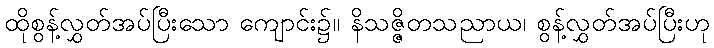
ထိုစွန့်လွှတ်အပ်ပြီးသော ကျောင်း၌။ နိသဇ္ဇိတသညာယ၊ စွန့်လွှတ်အပ်ပြီးဟု